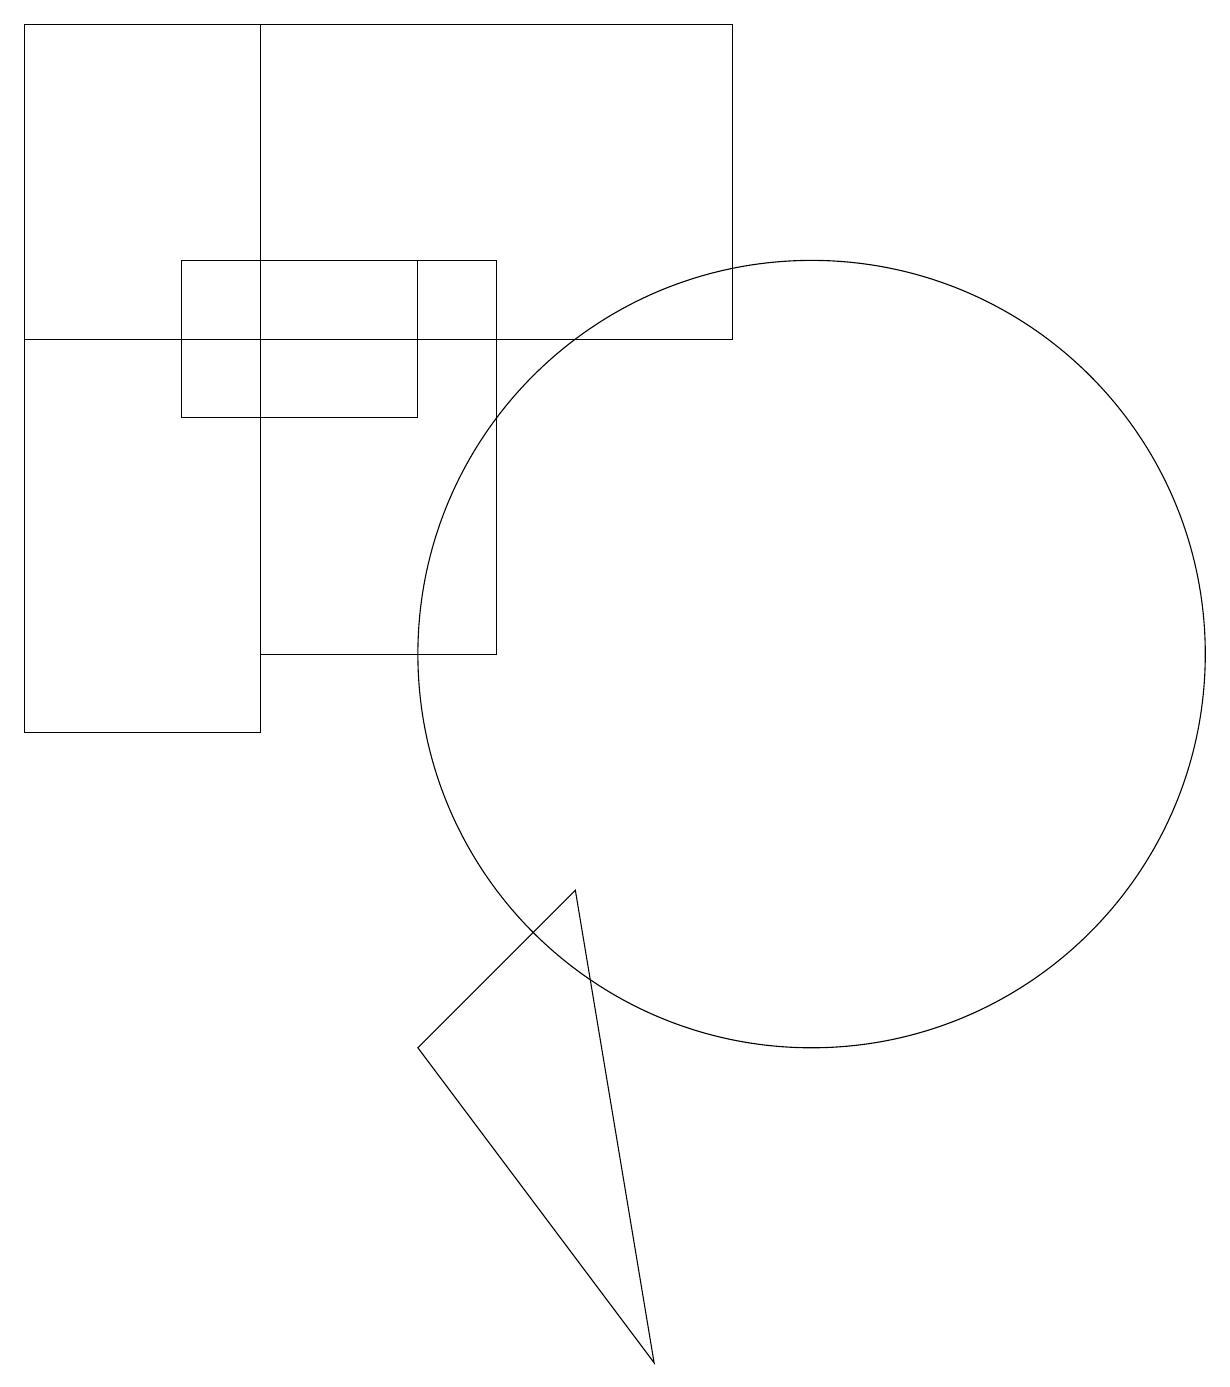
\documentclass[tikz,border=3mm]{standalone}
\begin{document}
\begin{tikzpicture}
\draw (0,19) rectangle (9,15);
\draw (0,10) rectangle (3,19);
\draw (3,16) rectangle (6,11);
\draw (7,8) -- (8,2) -- (5,6) -- cycle;
\draw (10,11) circle (5);
\draw (2,16) rectangle (5,14);
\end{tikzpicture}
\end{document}